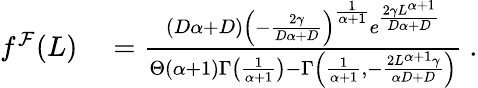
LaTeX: \begin{array}{rl}{f^{\mathcal{F}}(L)}&{{}=\frac{(D\alpha+D)\left(-\frac{2\gamma}{D\alpha+D}\right)^{\frac{1}{\alpha+1}}e^{\frac{2\gamma L^{\alpha+1}}{D\alpha+D}}}{\Theta(\alpha+1)\Gamma\left(\frac{1}{\alpha+1}\right)-\Gamma\left(\frac{1}{\alpha+1},-\frac{2L^{\alpha+1}\gamma}{\alpha D+D}\right)}\ .}\end{array}